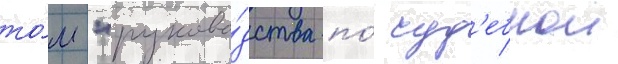
то́м "руково́дства по́ суд'ебнои